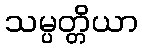
သမ္ပတ္တိယာ